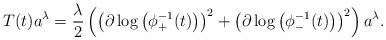
LaTeX: \begin{gather*}T(t)a^{\lambda}=\frac{\lambda}{2} \left(\big(\partial \log\big(\phi_+^{-1}(t)\big)\big)^2+\big(\partial\log\big(\phi_-^{-1}(t)\big)\big)^2\right)a^{\lambda}.\end{gather*}